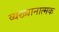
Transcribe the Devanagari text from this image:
व्यख्यानात्मक